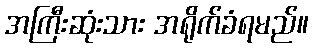
အကြီးဆုံးသား အရိုက်ခံရမည်။